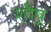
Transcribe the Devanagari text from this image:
शीष्र